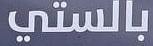
بالستي